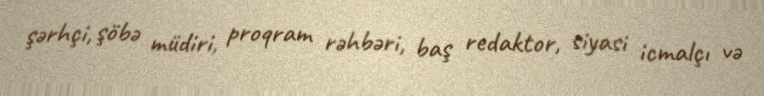
şərhçi, şöbə müdiri, proqram rəhbəri, baş redaktor, siyasi icmalçı və